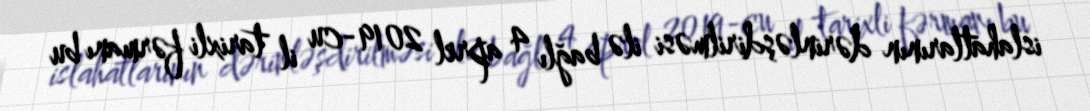
islahatlarının dərinləşdirilməsi ilə bağlı 4 aprel 2019-cu il tarixli fərmanı bu